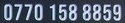
0770 158 8859